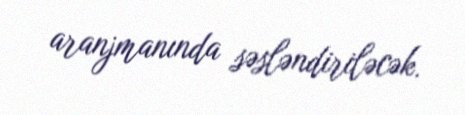
aranjmanında səsləndiriləcək.